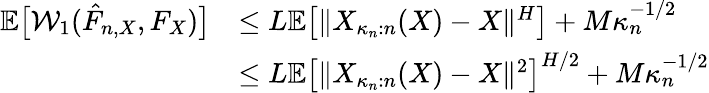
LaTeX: \begin{array}{rl}{\mathbb{E}\big[\mathcal{W}_{1}(\hat{F}_{n,X},F_{X})\big]}&{\leq L\mathbb{E}\big[\| X_{\kappa_{n}:n}(X)-X\| ^{H}\big]+M\kappa_{n}^{-1/2}}\\ &{\leq L\mathbb{E}\big[\| X_{\kappa_{n}:n}(X)-X\| ^{2}\big]^{H/2}+M\kappa_{n}^{-1/2}}\end{array}